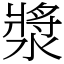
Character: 漿